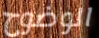
الوضوح